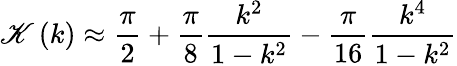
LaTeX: \mathscr{K}\left(k\right)\approx{\frac{{\pi}}{{2}}}+{\frac{{\pi}}{{8}}}{\frac{{k^{2}}}{{1-k^{2}}}}-{\frac{{\pi}}{{16}}}{\frac{{k^{4}}}{{1-k^{2}}}}